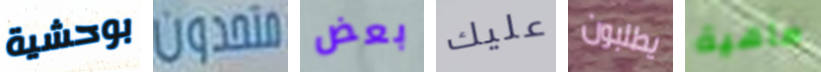
بوحشية متحدون بعض عليك يطلبون ماهية